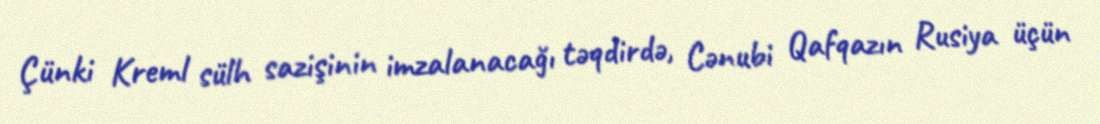
Çünki Kreml sülh sazişinin imzalanacağı təqdirdə, Cənubi Qafqazın Rusiya üçün